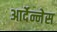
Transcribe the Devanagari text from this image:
आर्देन्नेस